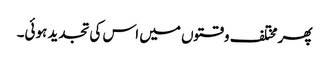
پھر مختلف وقتوں میں اس کی تجدید ہوئی۔